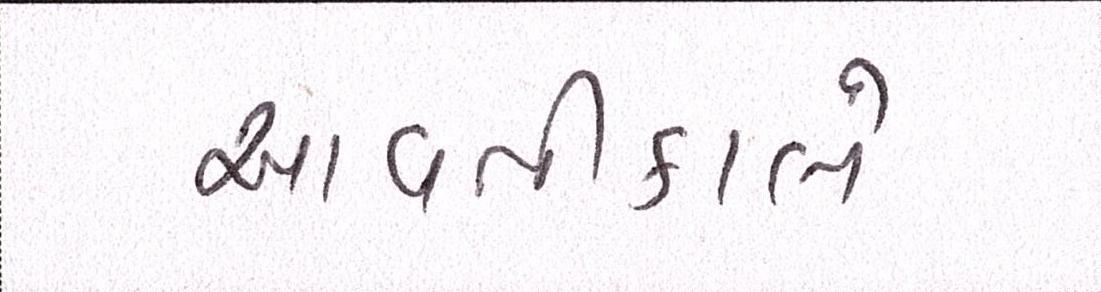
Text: આવતીકાલે